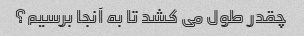
چقدر طول می کشد تا به آنجا برسیم؟